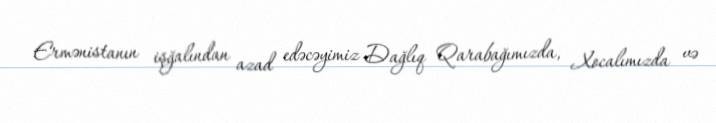
Ermənistanın işğalından azad edəcəyimiz Dağlıq Qarabağımızda, Xocalımızda və